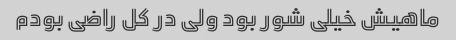
ماهیش خیلی شور بود ولی در کل راضی بودم